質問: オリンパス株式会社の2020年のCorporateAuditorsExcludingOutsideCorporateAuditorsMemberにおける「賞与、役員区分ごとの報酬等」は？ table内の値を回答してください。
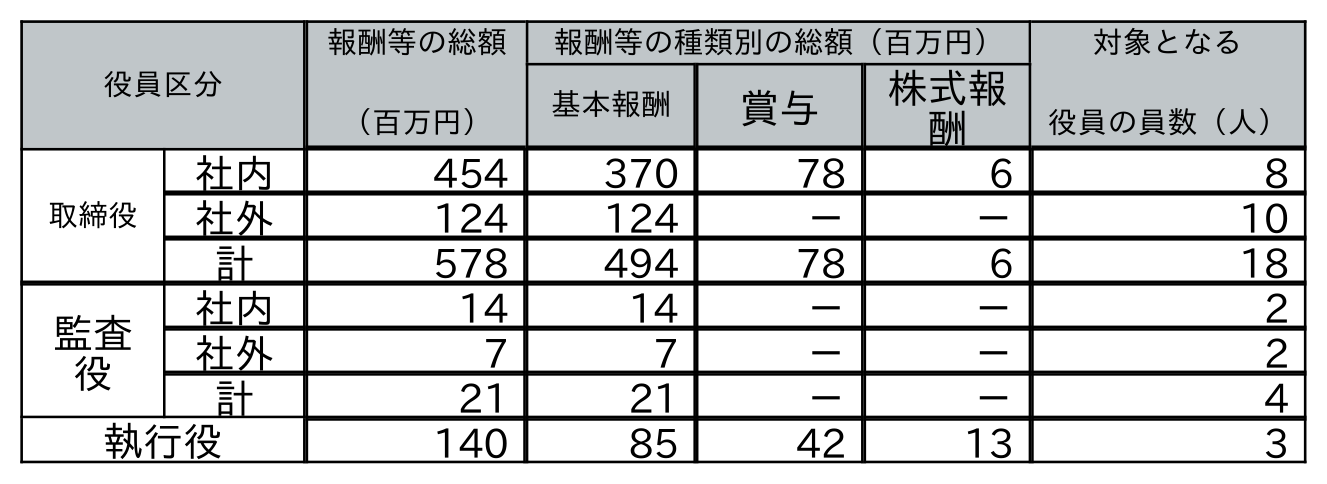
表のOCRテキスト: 役員区分 報酬等の総額 （百万円） 報酬等の種類別の総額（百万円） 対象となる 役員の員数（人） 基本報酬 賞与 株式報 酬 取締役 社内 454 370 78 6 8 社外 124 124 － － 10 計 578 494 78 6 18 監査 役 社内 14 14 － － 2 社外 7 7 － － 2 計 21 21 － － 4 執行役 140 85 42 13 3
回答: －